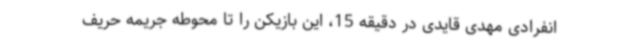
انفرادی مهدی قایدی در دقیقه 15، این بازیکن را تا محوطه جریمه حریف